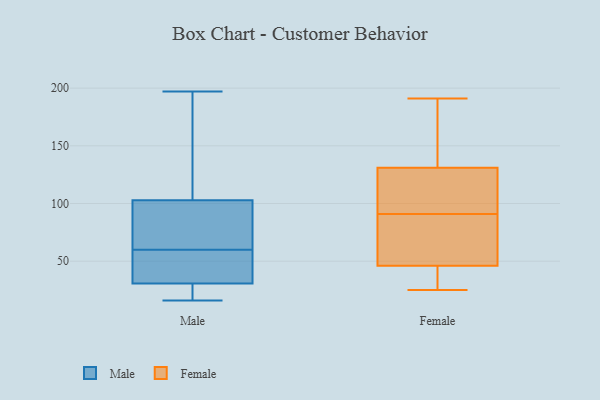
{"axis": {"x": "Customer Acquisition Cost (USD)", "y": "Value"}, "legend": ["Female", "Male"], "data": [{"x": "", "y": 54, "type": "Male"}, {"x": "", "y": 26, "type": "Male"}, {"x": "", "y": 75, "type": "Male"}, {"x": "", "y": 189, "type": "Male"}, {"x": "", "y": 29, "type": "Male"}, {"x": "", "y": 197, "type": "Male"}, {"x": "", "y": 36, "type": "Male"}, {"x": "", "y": 109, "type": "Male"}, {"x": "", "y": 23, "type": "Male"}, {"x": "", "y": 51, "type": "Male"}, {"x": "", "y": 82, "type": "Male"}, {"x": "", "y": 60, "type": "Male"}, {"x": "", "y": 84, "type": "Male"}, {"x": "", "y": 16, "type": "Male"}, {"x": "", "y": 189, "type": "Male"}, {"x": "", "y": 25, "type": "Female"}, {"x": "", "y": 65, "type": "Female"}, {"x": "", "y": 90, "type": "Female"}, {"x": "", "y": 191, "type": "Female"}, {"x": "", "y": 103, "type": "Female"}, {"x": "", "y": 46, "type": "Female"}, {"x": "", "y": 103, "type": "Female"}, {"x": "", "y": 137, "type": "Female"}, {"x": "", "y": 26, "type": "Female"}, {"x": "", "y": 51, "type": "Female"}, {"x": "", "y": 188, "type": "Female"}, {"x": "", "y": 131, "type": "Female"}, {"x": "", "y": 92, "type": "Female"}, {"x": "", "y": 30, "type": "Female"}]}